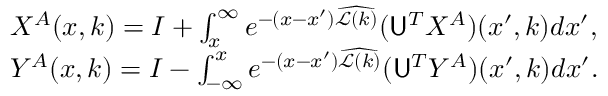
\begin{array} { r l } & { X ^ { A } ( x , k ) = I + \int _ { x } ^ { \infty } e ^ { - ( x - x ^ { \prime } ) \widehat { \mathcal { L } ( k ) } } ( \mathsf { U } ^ { T } X ^ { A } ) ( x ^ { \prime } , k ) d x ^ { \prime } , } \\ & { Y ^ { A } ( x , k ) = I - \int _ { - \infty } ^ { x } e ^ { - ( x - x ^ { \prime } ) \widehat { \mathcal { L } ( k ) } } ( \mathsf { U } ^ { T } Y ^ { A } ) ( x ^ { \prime } , k ) d x ^ { \prime } . } \end{array}